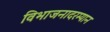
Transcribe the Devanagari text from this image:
विभाजनादरम्यान